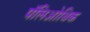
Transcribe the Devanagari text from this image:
पॅलिओथिक